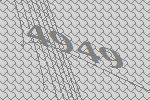
4949